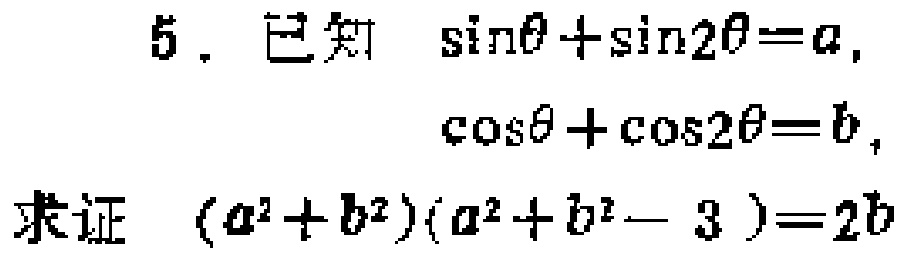
5. 已知 $\sin\theta+\sin2\theta = a$,
$\cos\theta+\cos2\theta = b$,
求证 $(a^{2}+b^{2})(a^{2}+b^{2}-3)=2b$